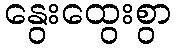
နွေးထွေးစွာ